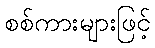
စစ်ကားများဖြင့်